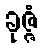
ခုဇ္ဇံ